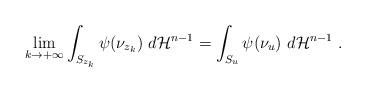
LaTeX: \begin{align*}\lim_{k\rightarrow+\infty}\int_{S_{z_{k}}}\psi(\nu_{z_{k}})~d\mathcal{H}^{n-1}=\int_{S_{u}}\psi(\nu_{u})~d\mathcal{H}^{n-1}~.\end{align*}